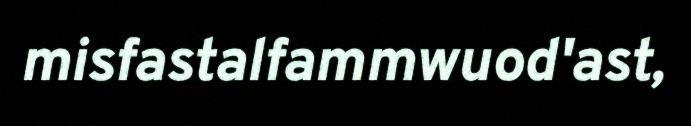
misfastalfammwuod'ast,